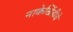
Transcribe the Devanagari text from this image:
नाकेखिंडीचे